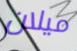
ميلان